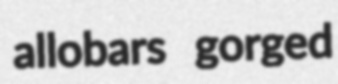
allobars gorged